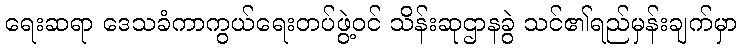
ရေးဆရာ ဒေသခံကာကွယ်ရေးတပ်ဖွဲ့ဝင် သိန်းဆုဌာနခွဲ သင်၏ရည်မှန်းချက်မှာ